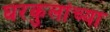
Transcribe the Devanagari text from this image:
घरकुलांच्या